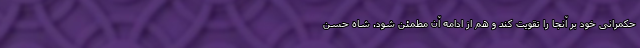
حکمرانی خود بر آنجا را تقویت کند و هم از ادامه آن مطمئن شود. شاه حسن